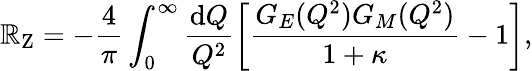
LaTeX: \mathbb{R}_{\mathrm{{Z}}}=-\frac{{4}}{{\pi}}\int_{0}^{\infty}\frac{{\mathrm{{d}}Q}}{{Q^{2}}}\left[\frac{{G_{E}(Q^{2})G_{M}(Q^{2})}}{{1+\kappa}}-1\right],